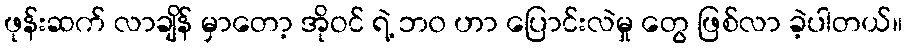
ဖုန်းဆက် လာချိန် မှာတော့ အိုဝင် ရဲ့ ဘ၀ ဟာ ပြောင်းလဲမှု တွေ ဖြစ်လာ ခဲ့ပါတယ်။